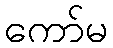
ကော်မ